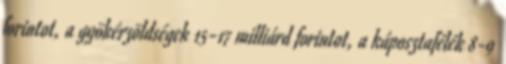
forintot, a gyökérzöldségek 15-17 milliárd forintot, a káposztafélék 8-9